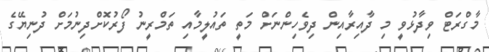
މާގްރަޓް ވިދާޅުވީ މި ދާއިރާއިން ދިވެހިންނަށް މަތީ ތައުލީމާއި ތަމްރީނު ފޯރުކޮށްދިނުމަށް ދުނިޔޭގެ